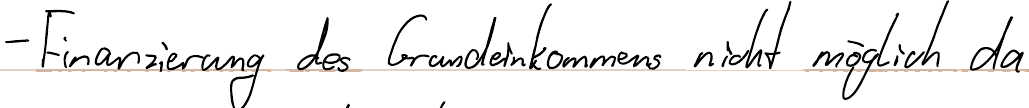
- Finanzierung des Grundeinkommens nicht möglich da